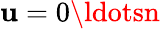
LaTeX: \mathbf{u}=0\ldotsn